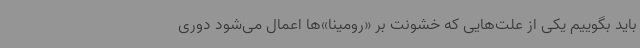
باید بگوییم یکی از علت‌هایی که خشونت‌ بر «رومینا»ها اعمال می‌شود دوری